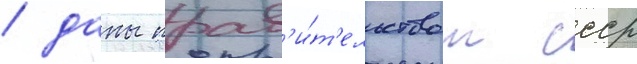
/ даны прав'и́т'ельством ссср